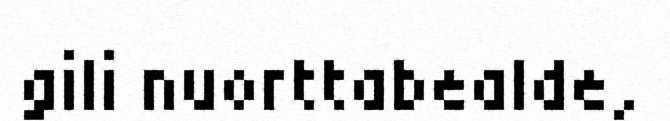
gili nuorttabealde,